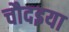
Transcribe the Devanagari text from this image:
चौदइया